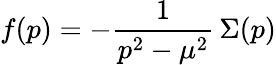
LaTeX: f(p)=-{\frac{1}{p^{2}-\mu^{2}}}\, \Sigma(p)